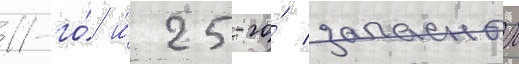
11-го́ и́ 25-го́ запасных